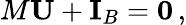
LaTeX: M\mathbf{U}+\mathbf{I}_{B}=\mathbf{0}\, ,